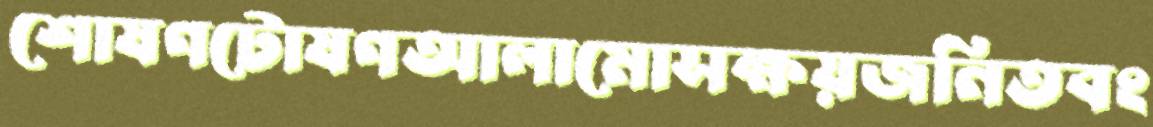
শোষণটোষণআলামোসক্ষয়জনিতবং